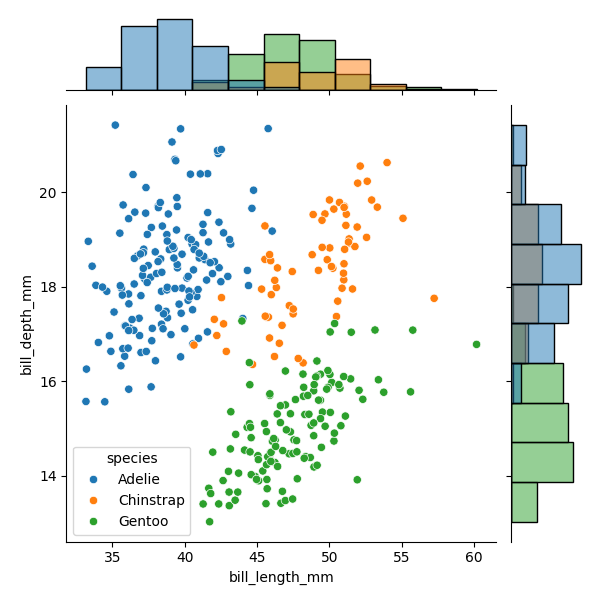
python, seaborn, JointGrid, scatterplot, histplot, hue